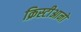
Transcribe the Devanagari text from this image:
क्रिस्टीआनो